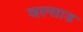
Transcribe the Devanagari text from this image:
वल्साड